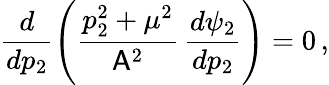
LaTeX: \frac{d}{dp_{2}}\left(\frac{p_{2}^{2}+\mu^{2}}{\mathsf{A}^{2}}\, \frac{d\psi_{2}}{dp_{2}}\right)=0\, ,